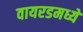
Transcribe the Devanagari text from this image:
वायरडमध्ये